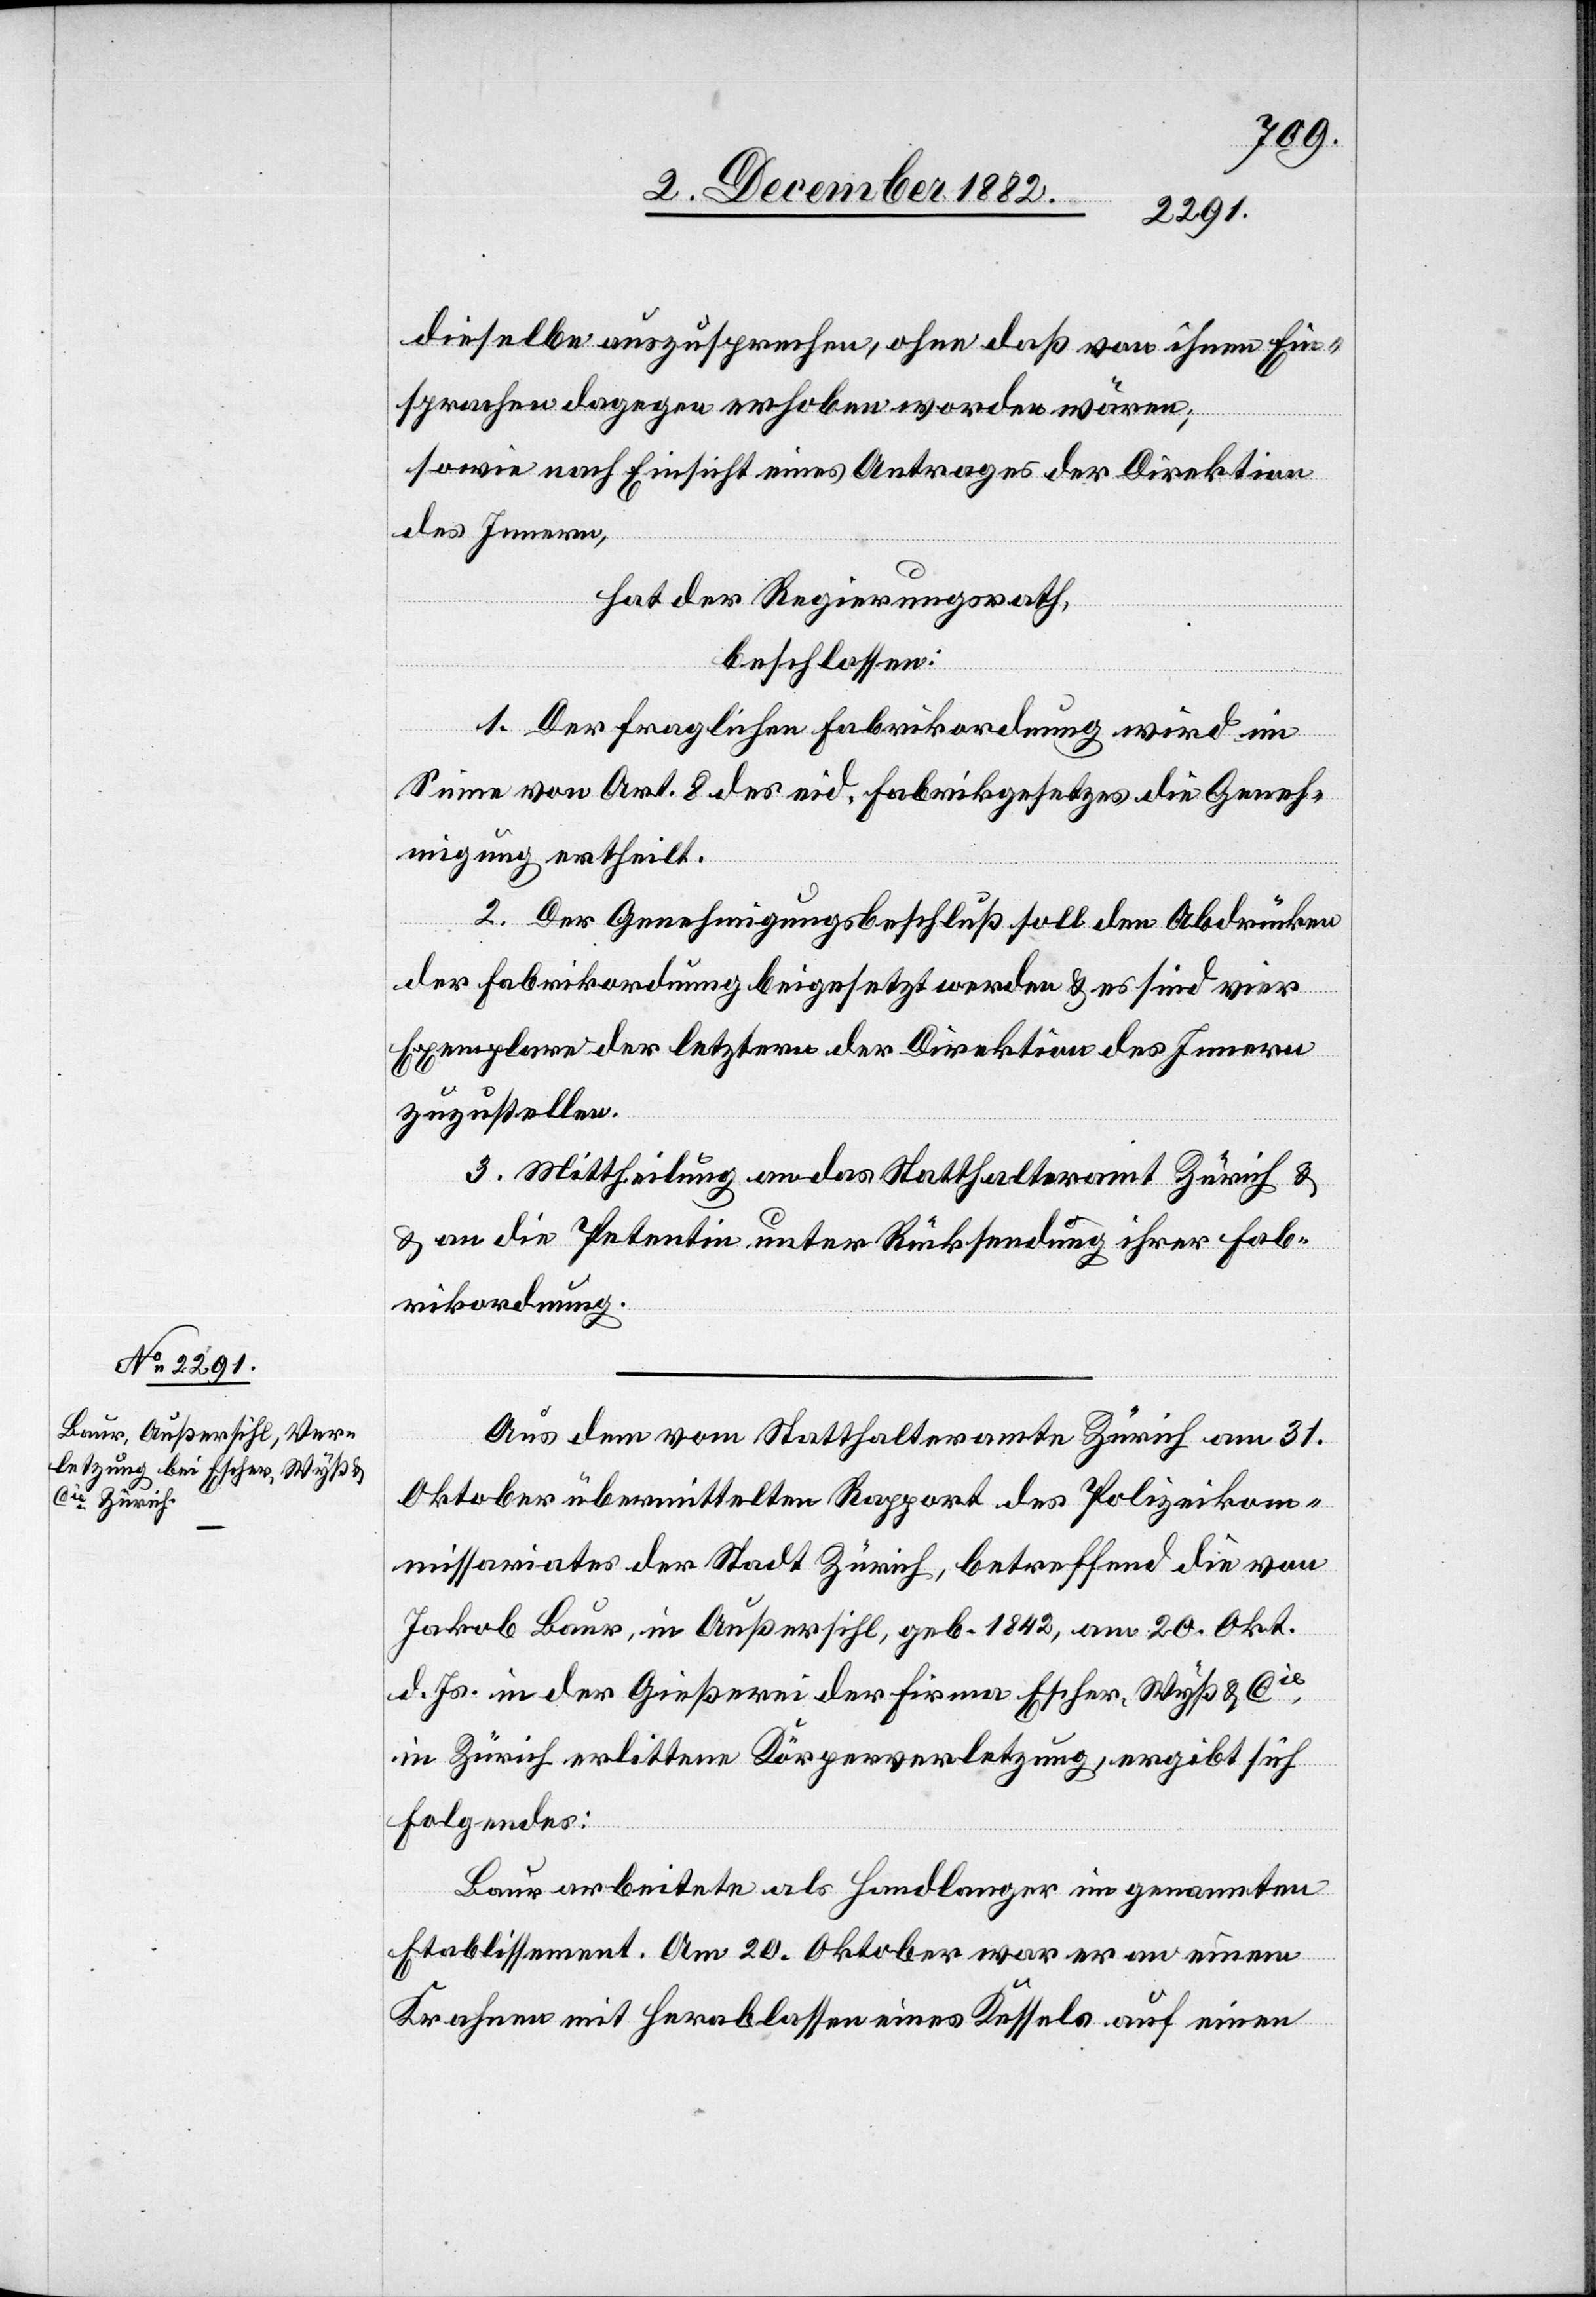
dieselbe auszusprechen, ohne daß von ihnen Ein¬
sprachen dagegen erhoben worden wären;
sowie nach Einsicht eines Antrages der Direktion
des Innern,
hat der Regierungsrath,
beschlossen:
1. Der fraglichen Fabrikordnung wird im
Sinne von Art. 8 des eid. Fabrikgesetzes die Geneh¬
migung ertheilt.
2. Der Genehmigungsbeschluß soll den Abdrücken
der Fabrikordnung beigesetzt werden & es sind vier
Exemplare der letztern der Direktion des Innern
zuzustellen.
3. Mittheilung an das Statthalteramt Zürich &
an die Petentin unter Rücksendung ihrer Fab¬
rikordnung.
Aus dem vom Statthalteramte Zürich am 31.
Oktober übermittelten Rapport des Polizeikom¬
missariates der Stadt Zürich, betreffend die von
Jakob Baur, in Außersihl, geb. 1842, am 20. Okt.
d. Js. in der Gießerei der Firma Escher, Wyß & Cie,
in Zürich erlittene Körperverletzung, ergibt sich
Folgendes:
Baur arbeitete als Handlanger im genannten
Etablissement. Am 20. Oktober war er an einem
Krahnen mit Herablassen eines Kessels auf einen